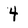
Character: 4